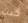
كنت